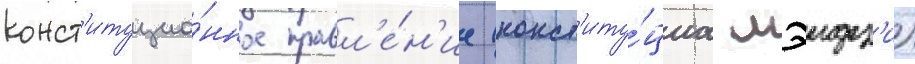
конст'итуцио́нное правл'е́н'ие (конст'иту́циа мэидз'и)